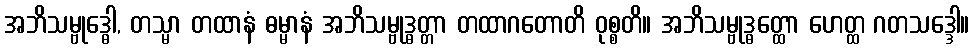
အဘိသမ္ဗုဒ္ဓေါ, တသ္မာ တထာနံ ဓမ္မာနံ အဘိသမ္ဗုဒ္ဓတ္တာ တထာဂတောတိ ဝုစ္စတိ။ အဘိသမ္ဗုဒ္ဓတ္ထော ဟေတ္ထ ဂတသဒ္ဒေါ။